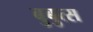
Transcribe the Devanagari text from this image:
बुबुत्स